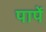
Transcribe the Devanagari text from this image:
पापें